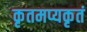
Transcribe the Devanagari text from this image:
कृतमप्यकृतं